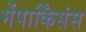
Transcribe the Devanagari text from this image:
मेंपार्किंसंस